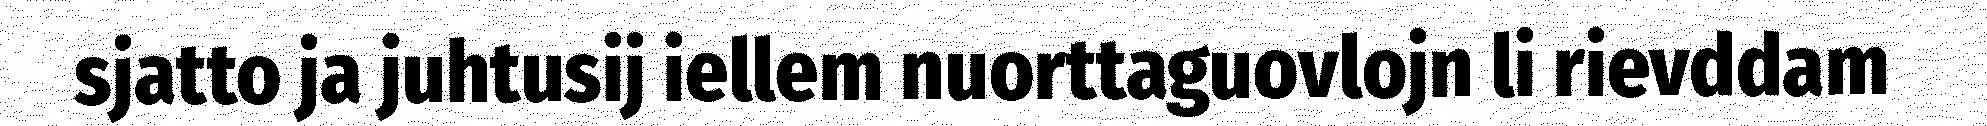
sjatto ja juhtusij iellem nuorttaguovlojn li rievddam